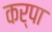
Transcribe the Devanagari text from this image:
कर्पा